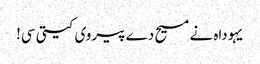
یہوداہ نے مسیح دے پیروی کیتی سی!